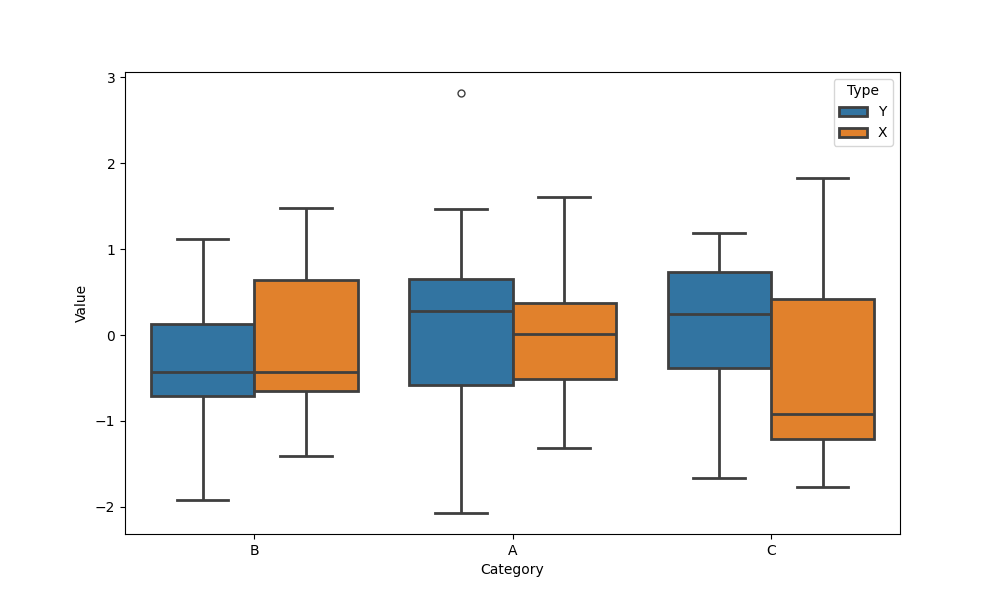
python, seaborn, boxplot, width=0.8, linewidth=2, fliersize=5, notch=False